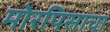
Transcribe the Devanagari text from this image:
मोरपिसाचा